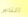
الناس